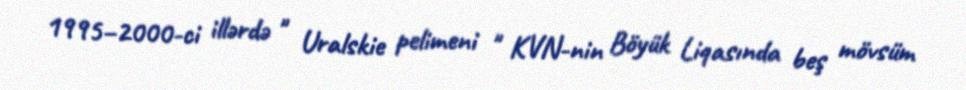
1995–2000-ci illərdə " Uralskie pelimeni " KVN-nin Böyük Liqasında beş mövsüm